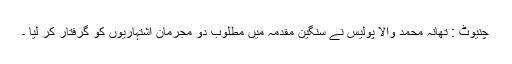
چنیوٹ : تھانہ محمد والا پولیس نے سنگین مقدمہ میں مطلوب دو مجرمان اشتہاریوں کو گرفتار کر لیا ۔